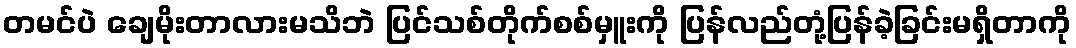
တမင်ပဲ ချေမိုးတာလားမသိဘဲ ပြင်သစ်တိုက်စစ်မှူးကို ပြန်လည်တုံ့ပြန်ခဲ့ခြင်းမရှိတာကို